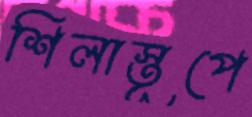
শিলাস্তূপে